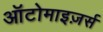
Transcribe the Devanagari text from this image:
ऑटोमाइज़र्स